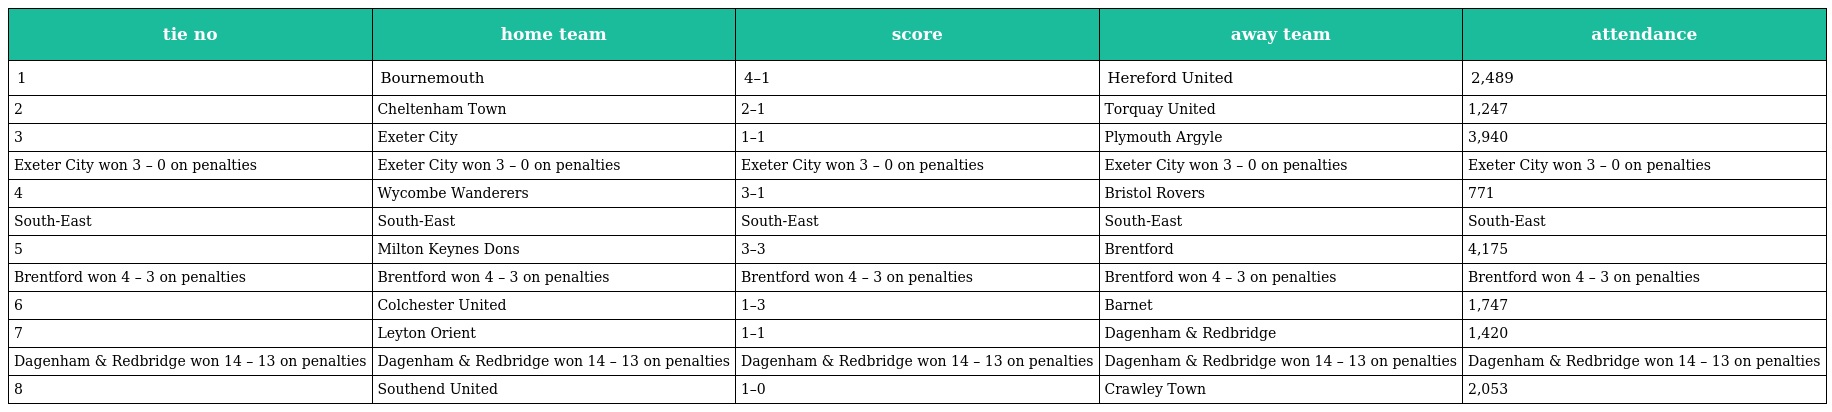
| tie no | home team | score | away team | attendance |
 | --- | --- | --- | --- | --- |
 | 1 | Bournemouth | 4–1 | Hereford United | 2,489 |
 | 2 | Cheltenham Town | 2–1 | Torquay United | 1,247 |
 | 3 | Exeter City | 1–1 | Plymouth Argyle | 3,940 |
 | Exeter City won 3 – 0 on penalties | Exeter City won 3 – 0 on penalties | Exeter City won 3 – 0 on penalties | Exeter City won 3 – 0 on penalties | Exeter City won 3 – 0 on penalties |
 | 4 | Wycombe Wanderers | 3–1 | Bristol Rovers | 771 |
 | South-East | South-East | South-East | South-East | South-East |
 | 5 | Milton Keynes Dons | 3–3 | Brentford | 4,175 |
 | Brentford won 4 – 3 on penalties | Brentford won 4 – 3 on penalties | Brentford won 4 – 3 on penalties | Brentford won 4 – 3 on penalties | Brentford won 4 – 3 on penalties |
 | 6 | Colchester United | 1–3 | Barnet | 1,747 |
 | 7 | Leyton Orient | 1–1 | Dagenham & Redbridge | 1,420 |
 | Dagenham & Redbridge won 14 – 13 on penalties | Dagenham & Redbridge won 14 – 13 on penalties | Dagenham & Redbridge won 14 – 13 on penalties | Dagenham & Redbridge won 14 – 13 on penalties | Dagenham & Redbridge won 14 – 13 on penalties |
 | 8 | Southend United | 1–0 | Crawley Town | 2,053 |